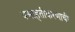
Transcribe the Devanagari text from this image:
वसाहतीकरणाची